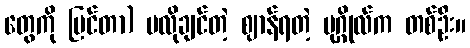
တွေကို မြင်တာ) မလိုချင်တဲ့ ဈာန်ရတဲ့ ပုဂ္ဂိုလ်က တစ်ဦး။